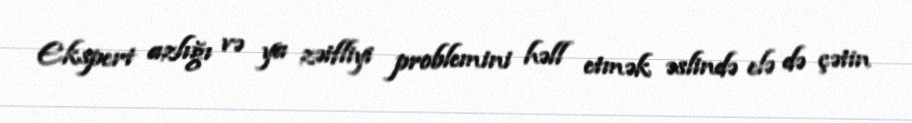
Ekspert azlığı və ya zəifliyi problemini həll etmək əslində elə də çətin